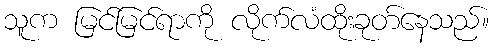
သူက မြင်မြင်ရာကို လိုက်လံထိုးခုတ်နေသည်။